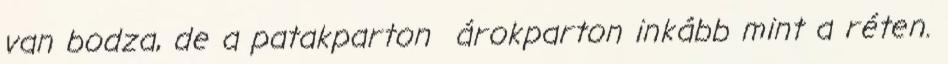
van bodza, de a patakparton árokparton inkább mint a réten.